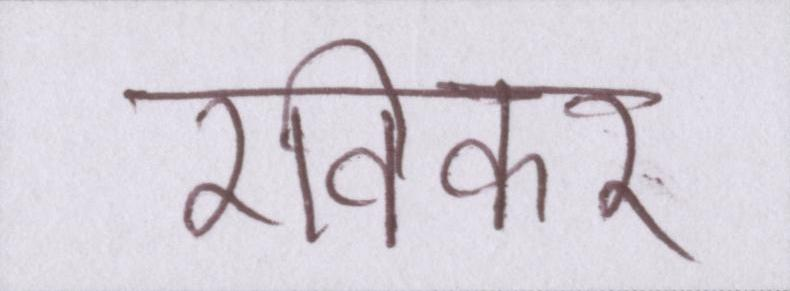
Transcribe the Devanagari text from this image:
रविकर